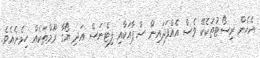
އެހެން ރިސޯޓުތަކެކޭ ވެސް އެއްފަދައިން ސްޕާއަކާއި ފިޓްނަސް އަދި ޔޯގާ ރޫމްތަކެއް ހިމެނެއެވެ.